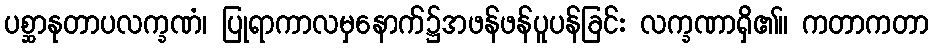
ပစ္ဆာနုတာပလက္ခဏံ၊ ပြုရာကာလမှနောက်၌အဖန်ဖန်ပူပန်ခြင်း လက္ခဏာရှိ၏။ ကတာကတာ